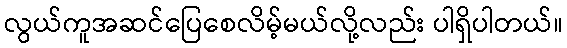
လွယ်ကူအဆင်ပြေစေလိမ့်မယ်လို့လည်း ပါရှိပါတယ်။